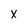
Character: x